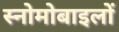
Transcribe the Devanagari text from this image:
स्नोमोबाइलों